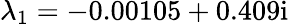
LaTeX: \lambda_{1}=-0.00105+0.409\mathrm{i}